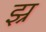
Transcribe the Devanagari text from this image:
झ्र